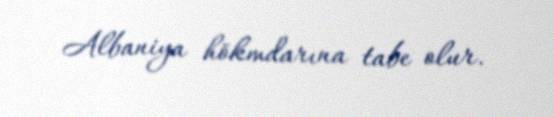
Albaniya hökmdarına tabe olur.